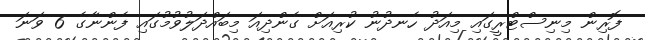
ފޮރިން މިނިސްޓްރީގައި މިއަދު ހެނދުނު ކުރިއަށް ގެންދިއަ މިބައްދަލުވުމުގައި ފެންނާގެ 6 ވަނަ